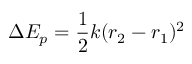
\Delta E _ { p } = { \frac { 1 } { 2 } } k ( r _ { 2 } - r _ { 1 } ) ^ { 2 }